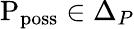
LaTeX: \mathrm{P}_{\mathrm{poss}}\in\Delta_{P}